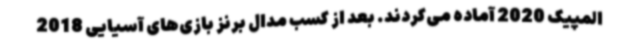
المپیک 2020 آماده می‌کردند. بعد از کسب مدال برنز بازی‌های آسیایی 2018